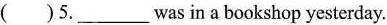
( )5.___wasin a bookshop yesterday.